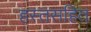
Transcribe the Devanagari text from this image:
हस्तसहित